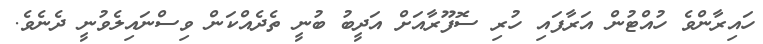
ހައިރާންވެ ހުއްޓުން އަރާފައި ހުރި ސޮފޫރާއަށް އަދީބު ބުނީ ތެދެއްކަން ވިސްނައިލެވުނީ ދެނެވެ.